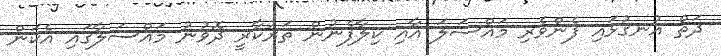
ދަތް އުނގުޅައި ފެންވެރި މައްސަލަ އާއި ކިލާފެނުން ތަރުކާރީ ދޮވުނު މައްސަލާގައި އެކަން